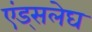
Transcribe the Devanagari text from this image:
एंड्सलेघ